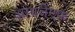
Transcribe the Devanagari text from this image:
आयजेएफ